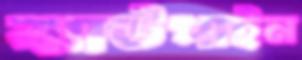
ঝাউপাইন